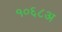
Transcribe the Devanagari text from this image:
१०६८अ